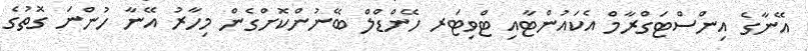
އޭނާގެ އިންސްޓަގްރާމް އެކައުންޓާއި ޓްވިޓަރ ހޭންޑްލް ބޭނުންކޮށްގެން މިހާރު އޭނާ ހުންނަ ގޮތުގެ